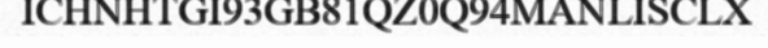
ICHNHTGI93GB81QZ0Q94MANLISCLX